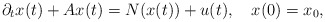
\begin{align*}\partial_t x(t)+Ax(t)=N(x(t))+u(t), \ \ \ x(0)=x_0,\end{align*}